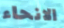
الانحاء